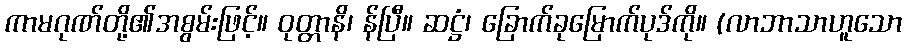
ကာမဂုဏ်တို့၏အစွမ်းဖြင့်။ ဝုတ္တာနိ၊ န်ပြီ။ ဆဋ္ဌံ၊ ခြောက်ခုမြောက်ပုဒ်ကို။ (လာဘာသာဟူသော